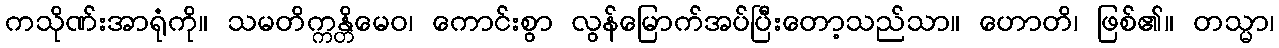
ကသိုဏ်းအာရုံကို။ သမတိက္ကန္တိမေဝ၊ ကောင်းစွာ လွန်မြောက်အပ်ပြီးတော့သည်သာ။ ဟောတိ၊ ဖြစ်၏။ တသ္မာ၊